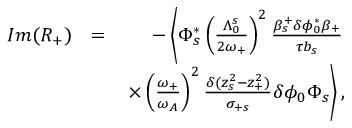
\begin{array} { r l r } { I m ( R _ { + } ) } & { = } & { - \left\langle \Phi _ { s } ^ { * } \left( \frac { \Lambda _ { 0 } ^ { s } } { 2 \omega _ { + } } \right) ^ { 2 } \frac { \beta _ { s } ^ { + } \delta \phi _ { 0 } ^ { * } \beta _ { + } } { \tau b _ { s } } \right. } \\ & { } & { \left. \times \left( \frac { \omega _ { + } } { \omega _ { A } } \right) ^ { 2 } \frac { \delta ( z _ { s } ^ { 2 } - z _ { + } ^ { 2 } ) } { \sigma _ { + s } } \delta \phi _ { 0 } \Phi _ { s } \right\rangle , } \end{array}